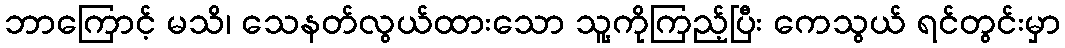
ဘာကြောင့် မသိ၊ သေနတ်လွယ်ထားသော သူ့ကိုကြည့်ပြီး ကေသွယ် ရင်တွင်းမှာ